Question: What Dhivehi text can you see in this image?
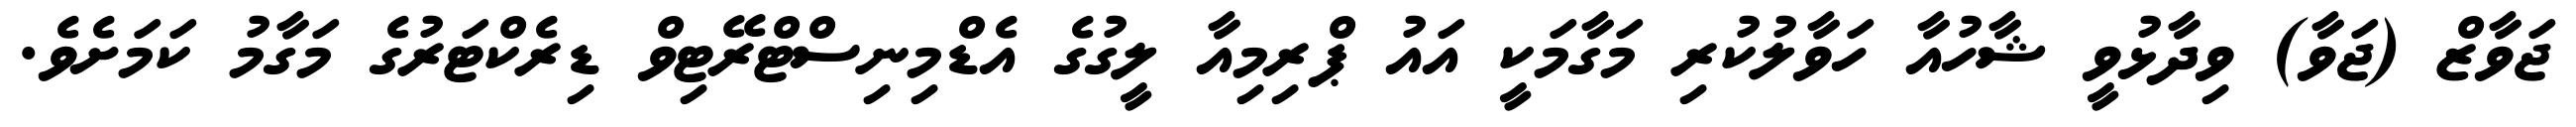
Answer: ޖަވާޒް (ޖަވާ) ވިދާޅުވީ ޝާހުއާ ހަވާލުކުރި މަގާމަކީ އައު ޕްރިމިއާ ލީގުގެ އެޑްމިނިސްޓްރޭޓިވް ޑިރެކްޓަރުގެ މަގާމު ކަމަށެވެ.